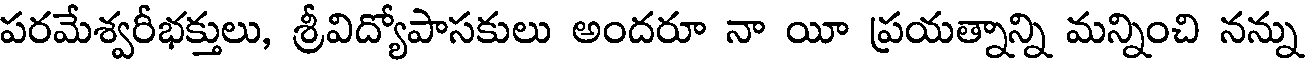
పరమేశ్వరీభక్తులు, శ్రీవిద్యోపాసకులు అందరూ నా యీ ప్రయత్నాన్ని మన్నించి నన్ను